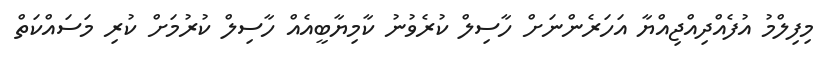
މިފިލްމު އުފެއްދިއްޖިއްޔާ އަހަރެންނަށް ހާސިލް ކުރެވުނު ކާމިޔާބީއެއް ހާސިލް ކުރުމަށް ކުރި މަސައްކަތް